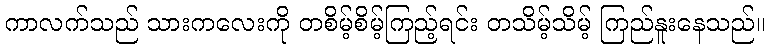
ကာလက်သည် သားကလေးကို တစိမ့်စိမ့်ကြည့်ရင်း တသိမ့်သိမ့် ကြည်နူးနေသည်။